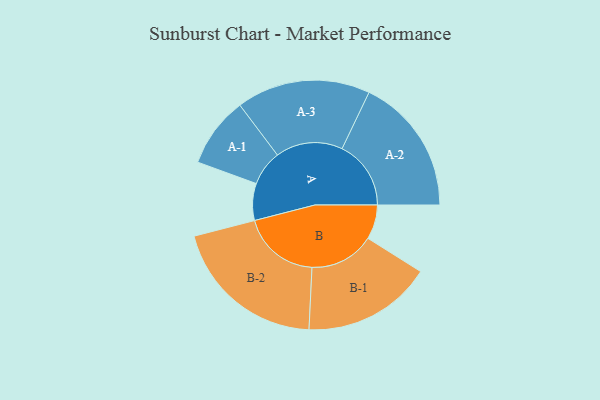
{"axis": {"x": "Segment", "y": "Value"}, "legend": ["", "A", "B"], "data": [{"x": "A", "y": 135, "type": ""}, {"x": "B", "y": 126, "type": ""}, {"x": "A-1", "y": 129, "type": "A"}, {"x": "A-2", "y": 252, "type": "A"}, {"x": "A-3", "y": 245, "type": "A"}, {"x": "B-1", "y": 237, "type": "B"}, {"x": "B-2", "y": 285, "type": "B"}]}